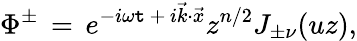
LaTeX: \Phi^{\pm}\, =\, e^{-i\omega\mathtt{t}\, +\, i\vec{{k}}\cdot\vec{{x}}}z^{n/2}J_{\pm\nu}(uz),